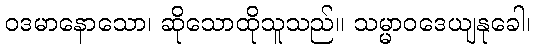
ဝဒမာနောသော၊ ဆိုသောထိုသူသည်။ သမ္မာဝဒေယျနုခေါ၊